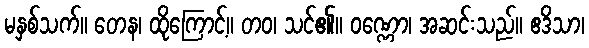
မနှစ်သက်။ တေန၊ ထိုကြောင့်။ တဝ၊ သင်၏။ ဝဏ္ဏော၊ အဆင်းသည်။ ဧဒိသာ၊